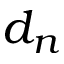
d _ { n }